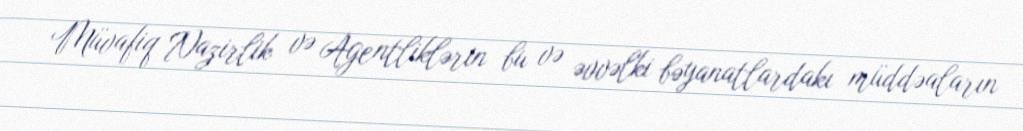
Müvafiq Nazirlik və Agentliklərin bu və əvvəlki bəyanatlardakı müddəaların